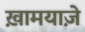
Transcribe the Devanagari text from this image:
ख़ामयाजे़